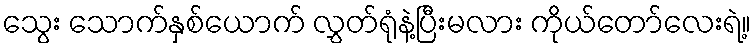
သွေး သောက်နှစ်ယောက် လွှတ်ရုံနဲ့ပြီးမလား ကိုယ်တော်လေးရဲ့။